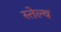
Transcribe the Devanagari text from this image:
स्तेल्थ